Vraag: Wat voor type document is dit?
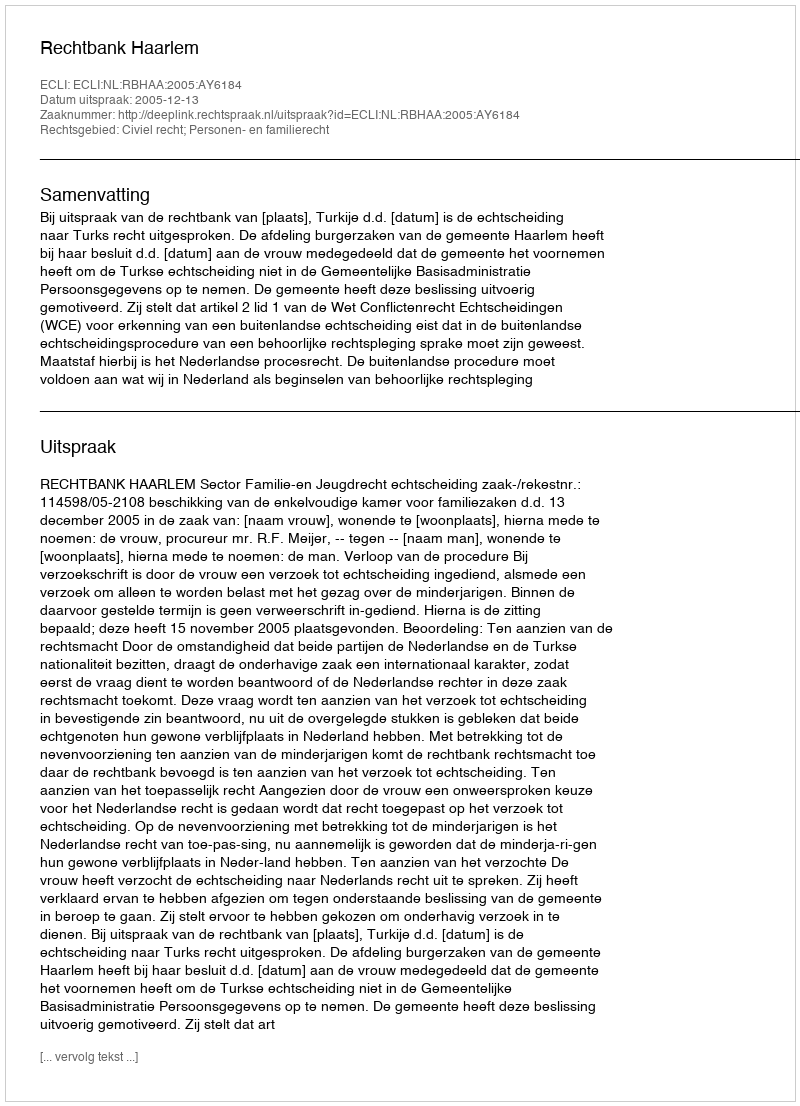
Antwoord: Uitspraak